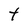
Character: t